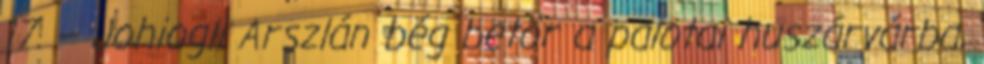
17. – Johiogli Arszlán bég betör a palotai huszárvárba,